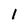
Character: i